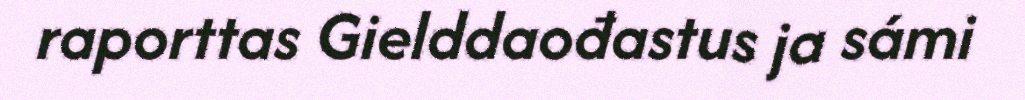
raporttas Gielddaođastus ja sámi